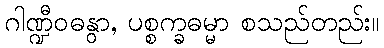
ဂါဏ္ဍီဝဓနွာ, ပစ္စက္ခဓမ္မာ စသည်တည်း။